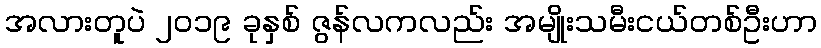
အလားတူပဲ ၂၀၁၉ ခုနှစ် ဇွန်လကလည်း အမျိုးသမီးငယ်တစ်ဦးဟာ